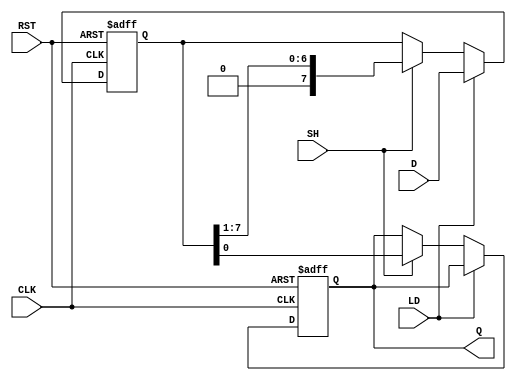
module PISO_Register #(
    parameter n = 8  // Width of the register
)(
    input wire [n-1:0] D,       // Parallel data input
    input wire LD,              // Load control signal
    input wire SH,              // Shift control signal
    input wire CLK,             // Clock signal
    input wire RST,             // Asynchronous reset signal
    output reg Q                // Serial output
);

    reg [n-1:0] shift_reg;      // Internal shift register

    // Asynchronous reset and loading/shifting logic
    always @(posedge CLK or posedge RST) begin
        if (RST) begin
            shift_reg <= {n{1'b0}}; // Clear all bits on reset
            Q <= 1'b0;              // Clear serial output on reset
        end else begin
            // Loading data
            if (LD) begin
                shift_reg <= D;    // Load parallel data into register
            end
            // Shifting data
            else if (SH) begin
                Q <= shift_reg[0];  // Output the least significant bit
                shift_reg <= {1'b0, shift_reg[n-1:1]}; // Shift right
            end
        end
    end

endmodule